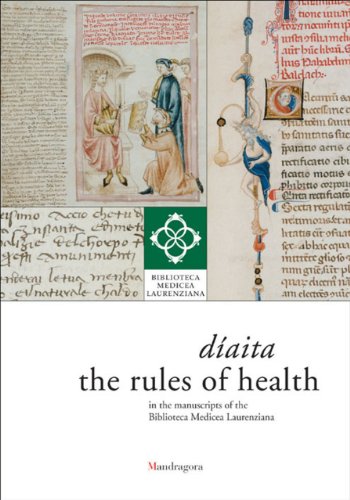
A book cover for DÃ­aita: The Rules of Health in the Manuscripts of the Biblioteca Medicea Laurenziana; Arts & Photography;